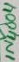
Text: 1N4004